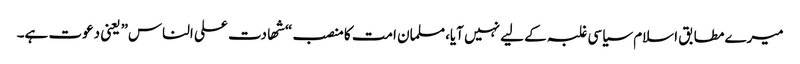
میرے مطابق اسلام سیاسی غلبہ کے لیے نہیں آیا،مسلمان امت کا منصب “شھادت علی الناس” یعنی دعوت ہے۔